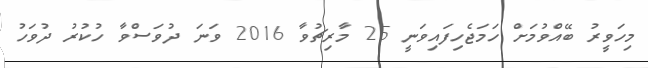
މިހަވީރު ބޭއްވުމަށް ހަމަޖެހިފައިވަނީ 25 މާރިޗުވާ 2016 ވަނަ ދުވަސްވާ ހުކުރު ދުވަހު